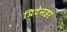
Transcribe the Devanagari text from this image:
प्रिटेनडर